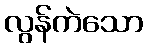
လွန်ကဲသော